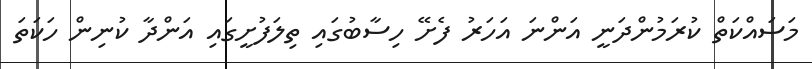
މަަސައްކަތް ކުރަމުންދަނީ އަންނަ އަހަރު ފެށޭ ހިސާބުގައި ތިލަފުށީގައި އަންދާ ކުނިން ހަކަތަ